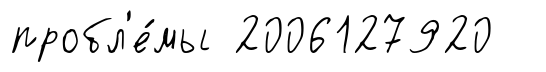
пробл'е́мы 2006127920